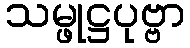
သမ္ဖုဋ္ဌပုဗ္ဗာ